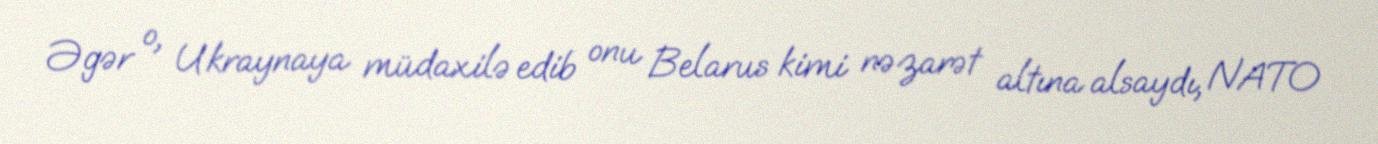
Əgər o, Ukraynaya müdaxilə edib onu Belarus kimi nəzarət altına alsaydı, NATO